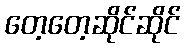
တေ့တေ့ဆိုင်ဆိုင်